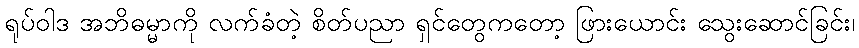
ရုပ်ဝါဒ အဘိဓမ္မာကို လက်ခံတဲ့ စိတ်ပညာ ရှင်တွေကတော့ ဖြားယောင်း သွေးဆောင်ခြင်း၊